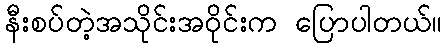
နီးစပ်တဲ့အသိုင်းအဝိုင်းက ပြောပါတယ်။